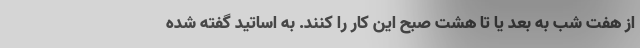
از هفت شب به بعد یا تا هشت صبح این کار را کنند. به اساتید گفته شده